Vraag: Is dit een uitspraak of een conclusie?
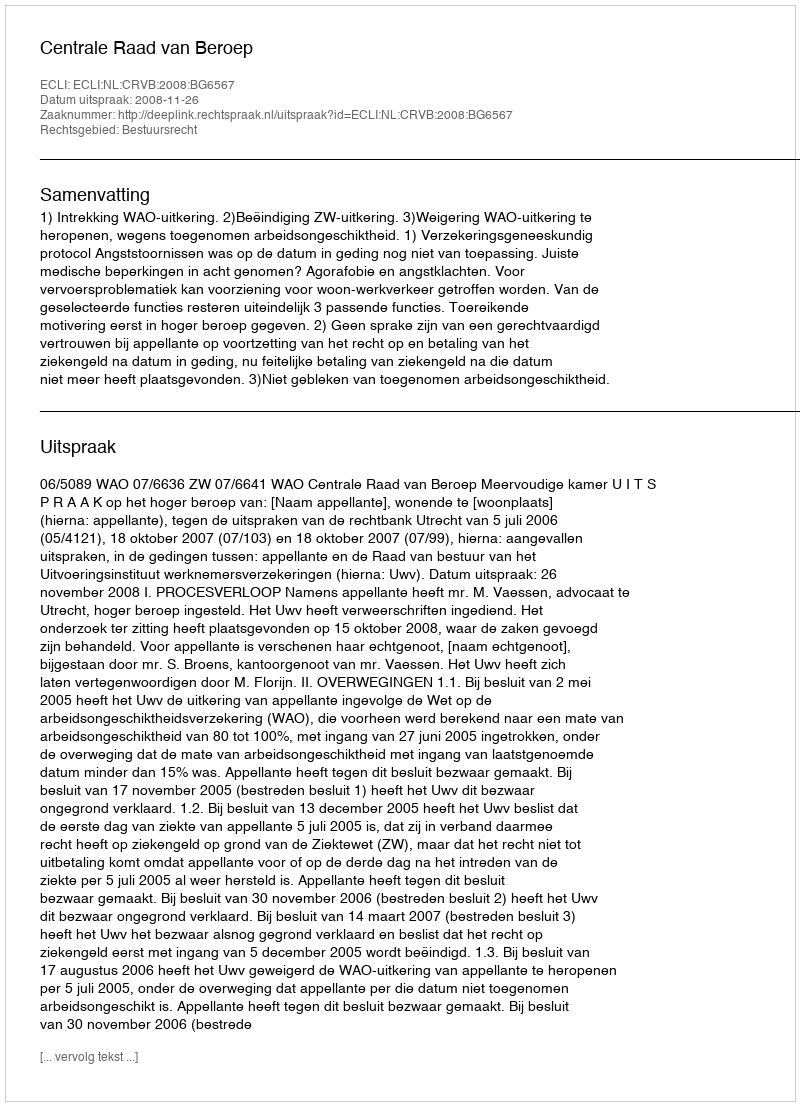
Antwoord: Uitspraak